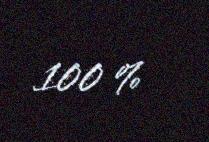
100 %